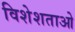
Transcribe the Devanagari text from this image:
विशेशताओ